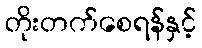
တိုးတက်စေရန်နှင့်